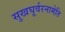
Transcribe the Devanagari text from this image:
सुखघूर्वरनामेति